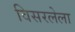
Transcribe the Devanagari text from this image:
विसरलेला